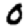
Digit: 0